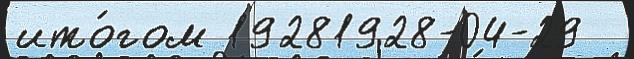
ито́гом 19281928-04-29